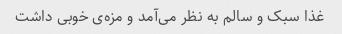
غذا سبک و سالم به نظر می‌آمد و مزه‌ی خوبی داشت